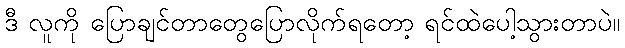
ဒီ လူကို ပြောချင်တာတွေပြောလိုက်ရတော့ ရင်ထဲပေါ့သွားတာပဲ။